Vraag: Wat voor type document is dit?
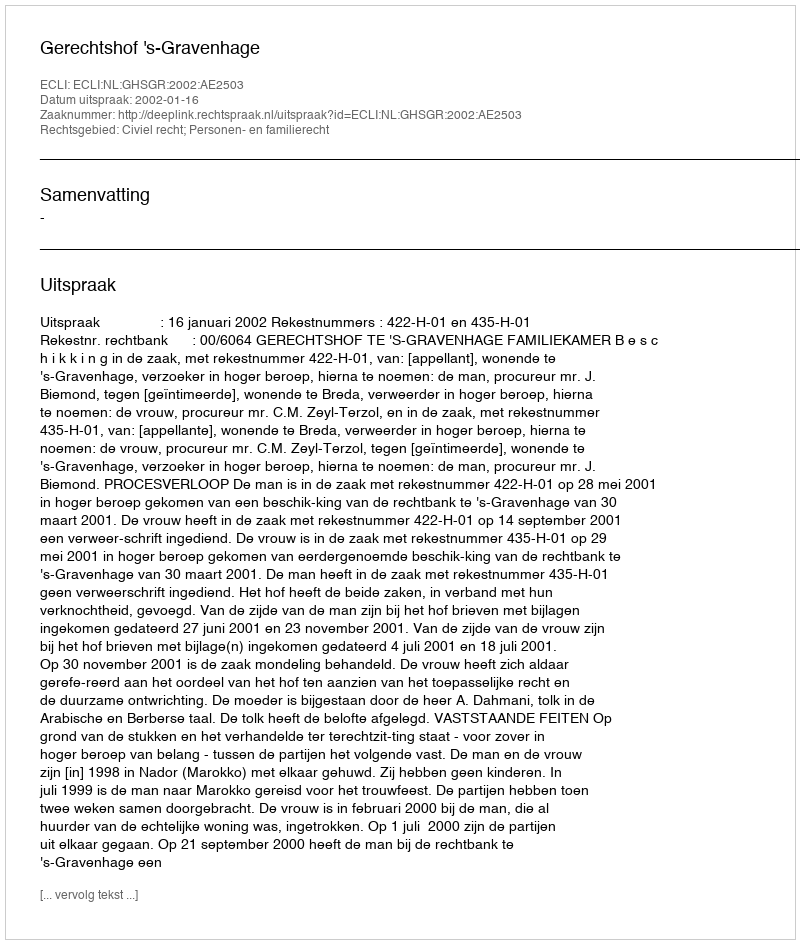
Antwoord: Uitspraak